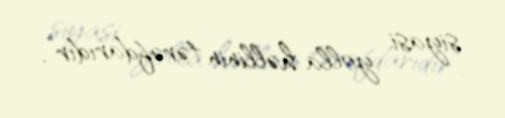
siyasi yolla həllinin tərəfdarıdır”.